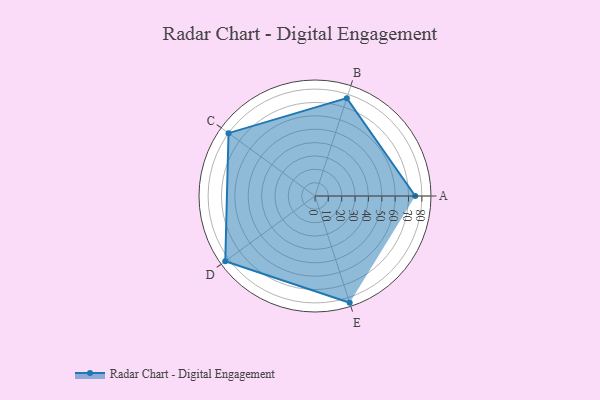
{"axis": {"x": "Skill", "y": "Score"}, "legend": ["Profile"], "data": [{"x": "A", "y": 75.0, "type": "Profile"}, {"x": "B", "y": 77.0, "type": "Profile"}, {"x": "C", "y": 80.0, "type": "Profile"}, {"x": "D", "y": 83.0, "type": "Profile"}, {"x": "E", "y": 84.0, "type": "Profile"}]}